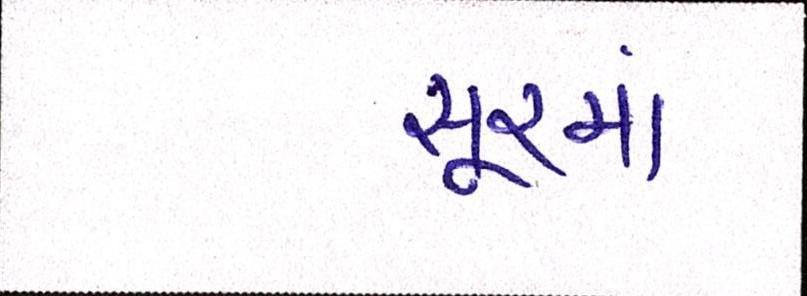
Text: સૂરમાં